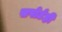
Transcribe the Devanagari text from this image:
सपोर्टही